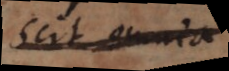
ut omnia